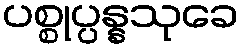
ပစ္စုပ္ပန္နသုခေ